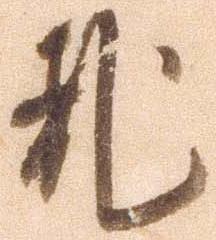
乱